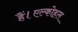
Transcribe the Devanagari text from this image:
हैं।एल्कोहल